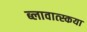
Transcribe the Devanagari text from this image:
ब्लावात्स्कया